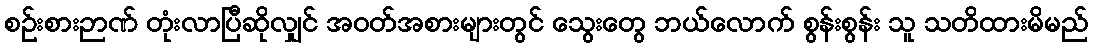
စဉ်းစားဉာဏ် တုံးလာပြီဆိုလျှင် အဝတ်အစားများတွင် သွေးတွေ ဘယ်လောက် စွန်းစွန်း သူ သတိထားမိမည်